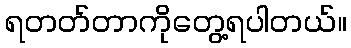
ရတတ်တာကိုတွေ့ရပါတယ်။